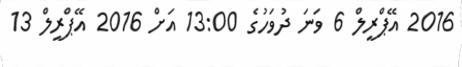
2016 އޭޕްރީލް 6 ވަނަ ދުވަހުގެ 13:00 އަށް 2016 އޭޕްރީލް 13